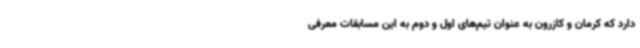
دارد که کرمان و کازرون به عنوان تیم‌های اول و دوم به این مسابقات معرفی